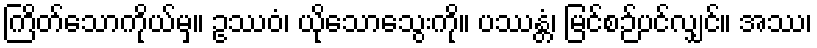
ကြိတ်သောကိုယ်မှ။ ဥဿဝံ၊ ယိုသောသွေးကို။ ပဿန္တံ၊ မြင်စဉ်ပင်လျှင်။ အဿ၊